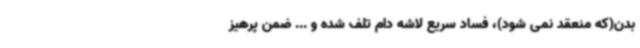
بدن(که منعقد نمی شود)، فساد سریع لاشه دام تلف شده و ... ضمن پرهیز